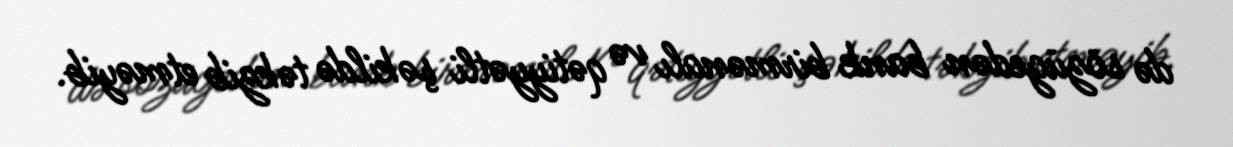
də sözügedən bank birmənalı və qətiyyətli şəkildə təkzib etməyib.